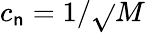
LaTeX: c_{\mathsf{n}}=1/\sqrt{}{{M}}